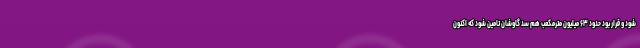
شود و قرار بود حدود ۶۳ میلیون مترمکعب هم سد گاوشان تامین شود که اکنون